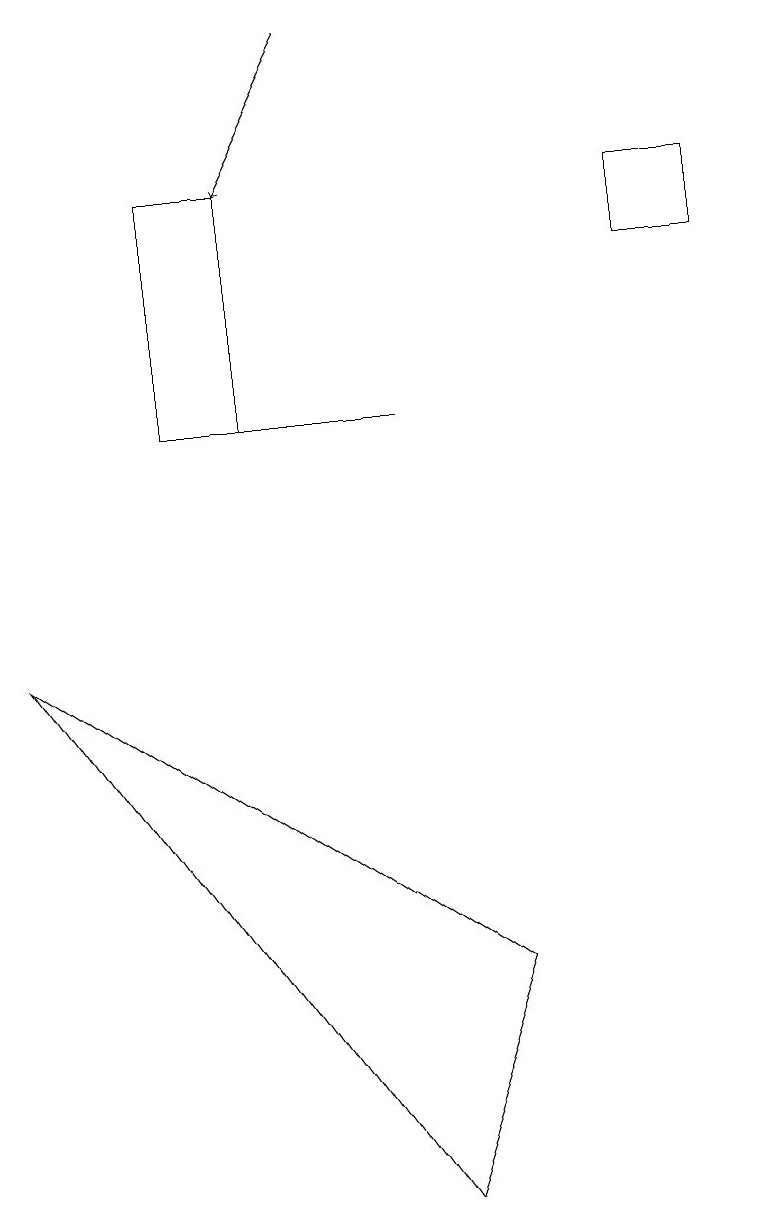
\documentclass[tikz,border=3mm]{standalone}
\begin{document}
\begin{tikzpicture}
\draw (5,11) rectangle (3,11);
\draw (2,11) rectangle (3,14);
\draw[->] (4,16) -- (3,14);
\draw (5,1) -- (0,8) -- (6,4) -- cycle;
\draw (8,13) rectangle (9,14);
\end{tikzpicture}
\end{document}